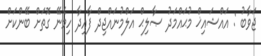
ޖަވާބު : އައްޝައިޚް މުޙައްމަދު ޞާލިޙް އަލްމުނައްޖިދް ފާއިދާ ހިމެނޭ ގޮތަށް ބޭންކަށް